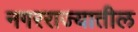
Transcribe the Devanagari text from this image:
नगरराज्यातील